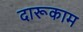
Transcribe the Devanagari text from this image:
दारूकाम